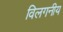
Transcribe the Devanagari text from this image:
विलगनीय